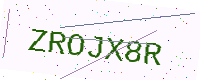
Text: ZROJX8R